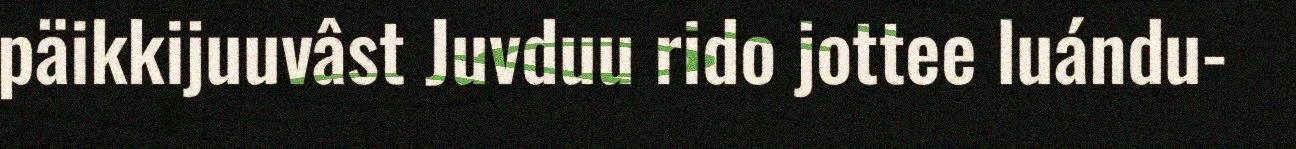
päikkijuuvâst Juvduu rido jottee luándu-